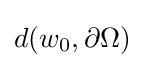
d(w_{0},\partial \Omega )